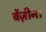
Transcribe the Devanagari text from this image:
बेंज़ीन।